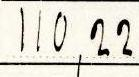
110,22